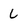
Character: L